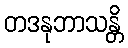
တဒနုဘာသန္တိ